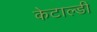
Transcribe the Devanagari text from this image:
केटाल्डी